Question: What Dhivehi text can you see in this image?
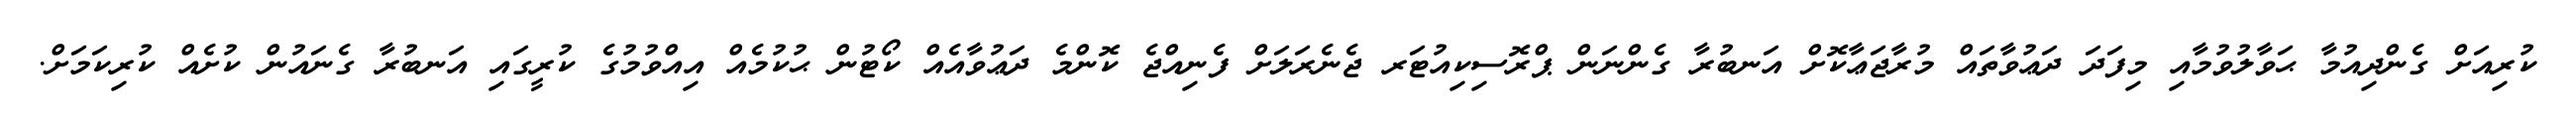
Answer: ކުރިއަށް ގެންދިއުމާ ޙަވާލުވުމާއި މިފަދަ ދަޢުވާތައް މުރާޖަޢާކޮށް އަނބުރާ ގެންނަން ޕްރޮސިކިއުޓަރ ޖެނެރަލަށް ފެނިއްޖެ ކޮންމެ ދަޢުވާއެއް ކޯޓުން ޙުކުމެއް އިއްވުމުގެ ކުރީގައި އަނބުރާ ގެނައުން ކުށެއް ކުރިކަމަށް.